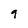
Character: 9